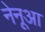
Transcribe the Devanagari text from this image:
नेनूआ